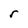
Character: r